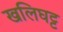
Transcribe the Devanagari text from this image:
खलिघट्ट